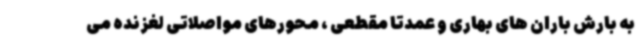
به بارش باران های بهاری و عمدتاً مقطعی ، محورهای مواصلاتی لغزنده می